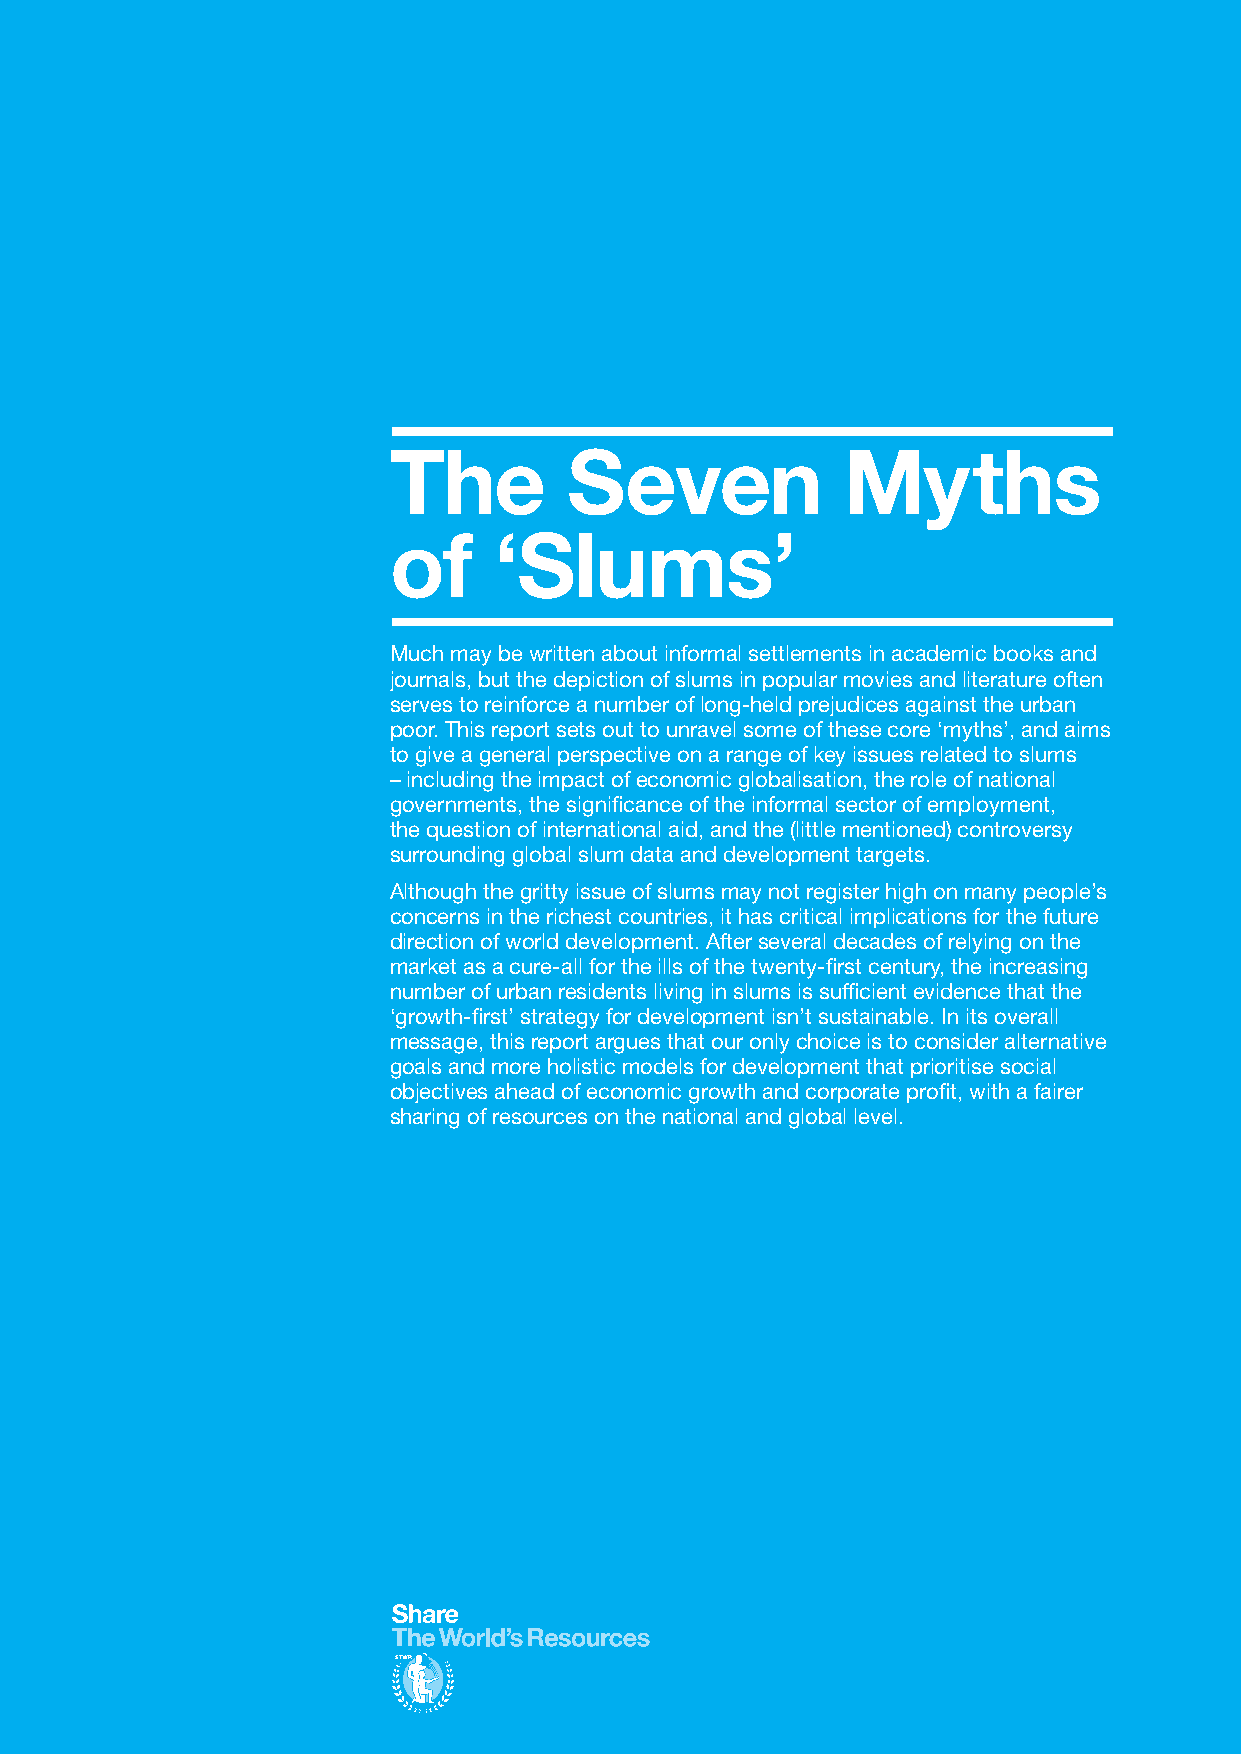
The         Seven             Myths
 of     ‘Slums’
 Much may be written about informal settlements in academic books and
 journals, but the depiction of slums in popular movies and literature often
 serves to reinforce a number of long-held prejudices against the urban
 poor. This report sets out to unravel some of these core ‘myths’, and aims
 to give a general perspective on a range of key issues related to slums
 – including the impact of economic globalisation, the role of national
 governments, the significance of the informal sector of employment,
 the question of international aid, and the (little mentioned) controversy
 surrounding global slum data and development targets.
 Although the gritty issue of slums may not register high on many people’s
 concerns in the richest countries, it has critical implications for the future
 direction of world development. After several decades of relying on the
 market as a cure-all for the ills of the twenty-first century, the increasing
 number of urban residents living in slums is sufficient evidence that the
 ‘growth-first’ strategy for development isn’t sustainable. In its overall
 message, this report argues that our only choice is to consider alternative
 goals and more holistic models for development that prioritise social
 objectives ahead of economic growth and corporate profit, with a fairer
 sharing of resources on the national and global level.